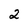
Character: 2